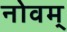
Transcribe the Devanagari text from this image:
नोवम्